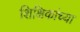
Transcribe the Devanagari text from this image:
शिक्षिकांच्या